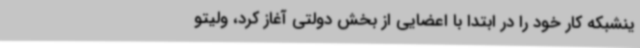
ینشبکه کار خود را در ابتدا با اعضایی از بخش دولتی آغاز کرد، ولیتو